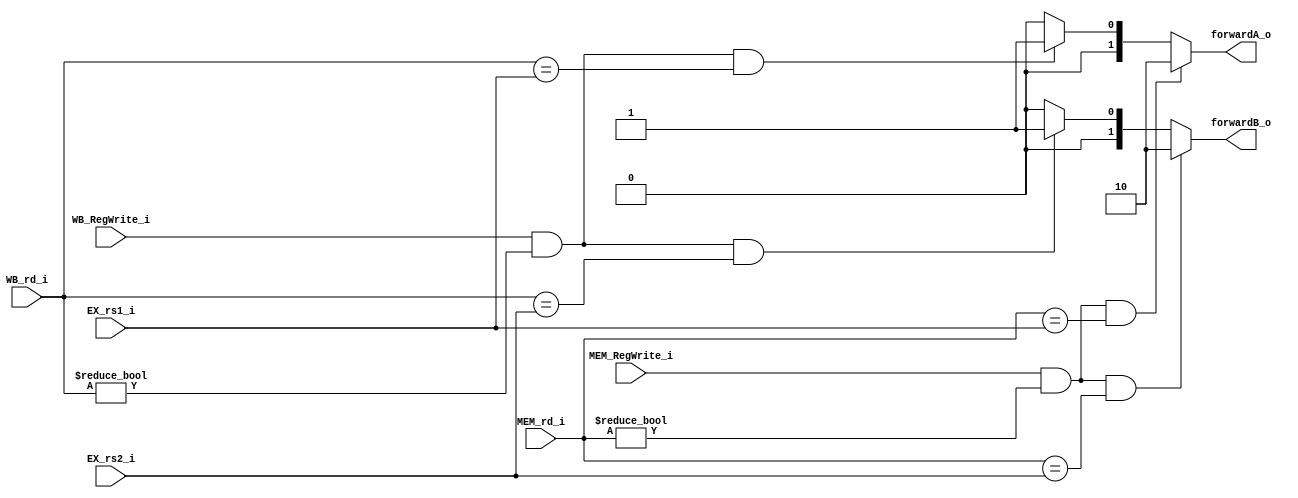
module FU
(
    MEM_RegWrite_i,
    MEM_rd_i,
    WB_RegWrite_i,
    WB_rd_i,
    EX_rs1_i,
    EX_rs2_i,
    forwardA_o,
    forwardB_o
);

input MEM_RegWrite_i, WB_RegWrite_i;
input [4:0] MEM_rd_i, WB_rd_i, EX_rs1_i, EX_rs2_i;
output [1:0] forwardA_o, forwardB_o;

assign forwardA_o = (MEM_RegWrite_i & MEM_rd_i != 0 & MEM_rd_i == EX_rs1_i) ? 2'b10 :
                       (WB_RegWrite_i & WB_rd_i != 0 & WB_rd_i == EX_rs1_i) ? 2'b01 : 2'b00;
assign forwardB_o = (MEM_RegWrite_i & MEM_rd_i != 0 & MEM_rd_i == EX_rs2_i) ? 2'b10 :
                       (WB_RegWrite_i & WB_rd_i != 0 & WB_rd_i == EX_rs2_i) ? 2'b01 : 2'b00;

endmodule